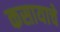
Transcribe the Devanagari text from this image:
कसायाचे